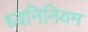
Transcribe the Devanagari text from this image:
ध्वनिनियम